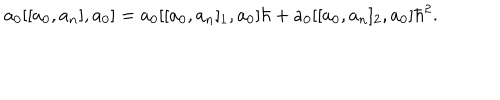
LaTeX: a _ { 0 } [ [ a _ { 0 } , a _ { n } ] , a _ { 0 } ] = a _ { 0 } [ [ a _ { 0 } , a _ { n } ] _ { 1 } , a _ { 0 } ] \hbar + a _ { 0 } [ [ a _ { 0 } , a _ { n } ] _ { 2 } , a _ { 0 } ] \hbar ^ { 2 } .